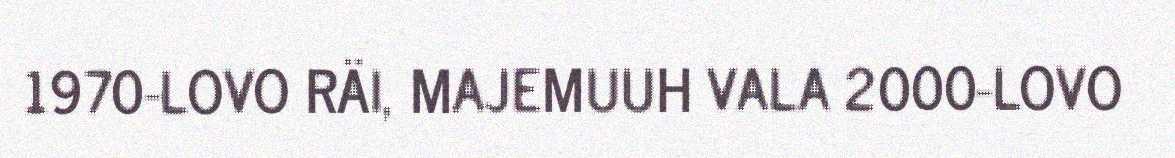
1970-LOVO RÄI, MAJEMUUH VALA 2000-LOVO